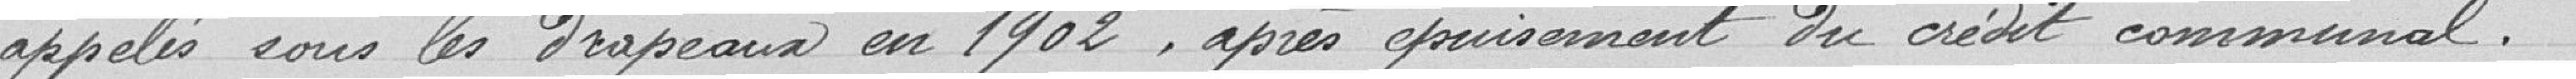
appelés sous les drapeaux en 1902, après épuisement du crédit communal.